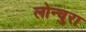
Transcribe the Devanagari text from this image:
लोन्चुरा